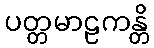
ပတ္တမာဠကန္တိ